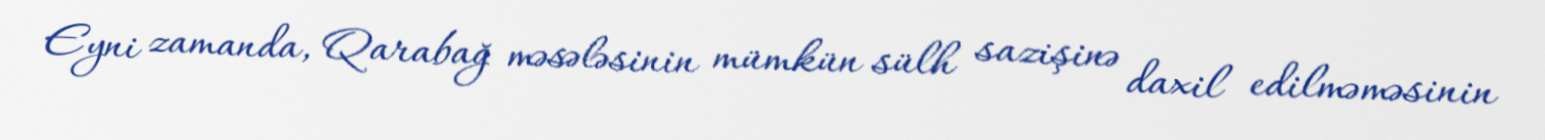
Eyni zamanda, Qarabağ məsələsinin mümkün sülh sazişinə daxil edilməməsinin